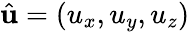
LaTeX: \hat{\mathbf{u}}=(u_{x},u_{y},u_{z})